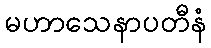
မဟာသေနာပတီနံ